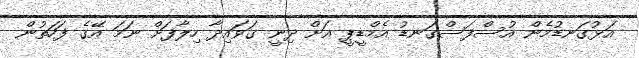
އަޅުގަނޑުމެން އުސްފަސްގަނޑު އެމްޑީޕީ އަށް ދިނީ ގަވައިދާ ހިލާފަށް ނަމަ އޭގެ ފަހަތުން